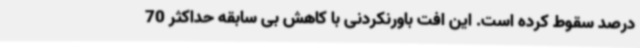
درصد سقوط کرده است. این افت باورنکردنی با کاهش بی سابقه حداکثر 70